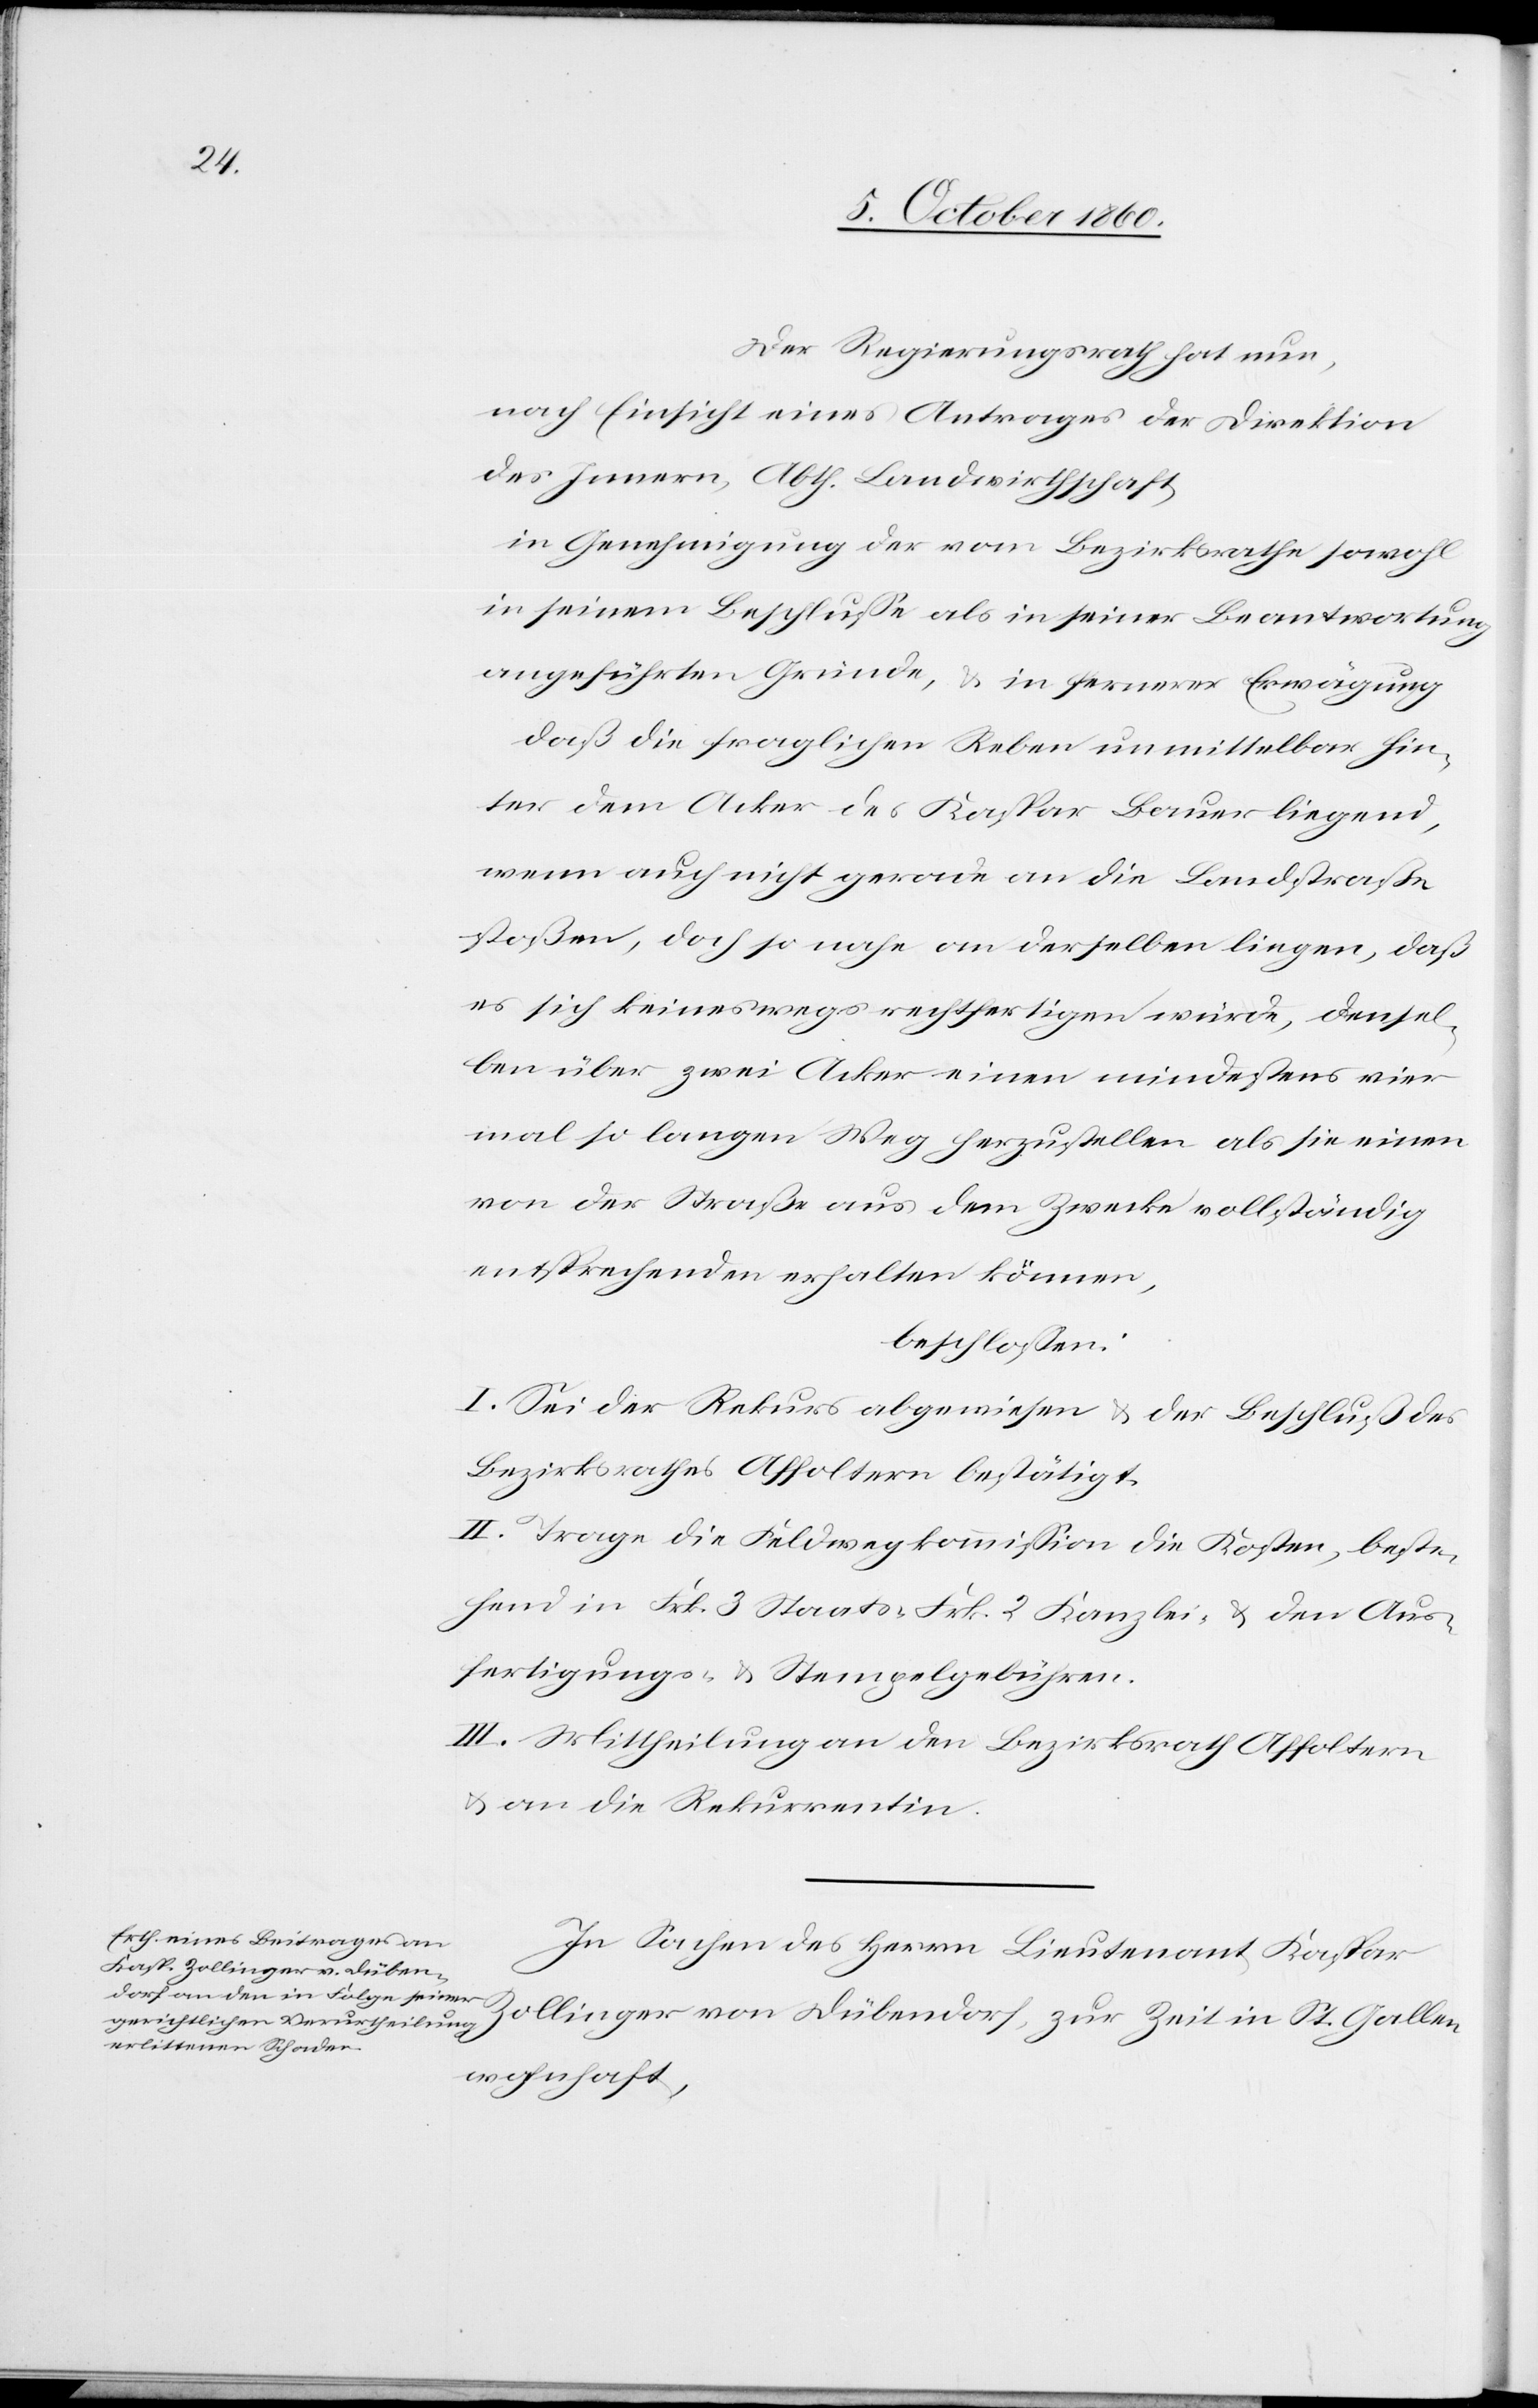
Der Regierungsrath hat nun,
nach Einsicht eines Antrages der Direktion
des Innern, Abth. Landwirtschaft,
in Genehmigung der vom Bezirksrathe sowohl
in seinem Beschlusse als in seiner Beantwortung
angeführten Gründe, u. in fernerer Erwägung
daß die fraglichen Reben unmittelbar hin¬
ter dem Acker des Kaspar Bauer liegend,
wenn auch nicht gerade an die Landstraße
stoßen, doch so nahe an derselben liegen, daß
es sich keineswegs rechtfertigen würde, densel¬
ben über zwei Acker einen mindestens vier
mal so langen Weg herzustellen als sie einen
von der Straße aus dem Zwecke vollständig
entsprechenden erhalten können,
beschlossen:
I. Sei der Rekurs abgewiesen u. der Beschluß des
Bezirksrathes Affoltern bestätigt.
II. Trage die Feldwegkommission die Kosten, beste¬
hend in Frk. 3 Staats-[,] Frk. 2 Kanzlei- u. den Aus¬
fertigungs- u. Stempelgebühren.
III. Mittheilung an den Bezirksrath Affoltern
u. an die Rekurrentin.
In Sachen des Herrn Lieutenant Kaspar
Zollinger von Dübendorf, zur Zeit in St. Gallen
wohnhaft,